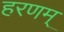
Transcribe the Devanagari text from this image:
हरणम्